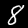
Label: 8